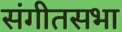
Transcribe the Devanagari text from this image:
संगीतसभा